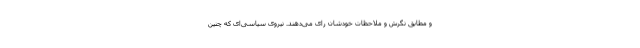
و مطابق نگرش و ملاحظات خودشان رای می‌دهند. نیروی سیاسی‌ای که چنین